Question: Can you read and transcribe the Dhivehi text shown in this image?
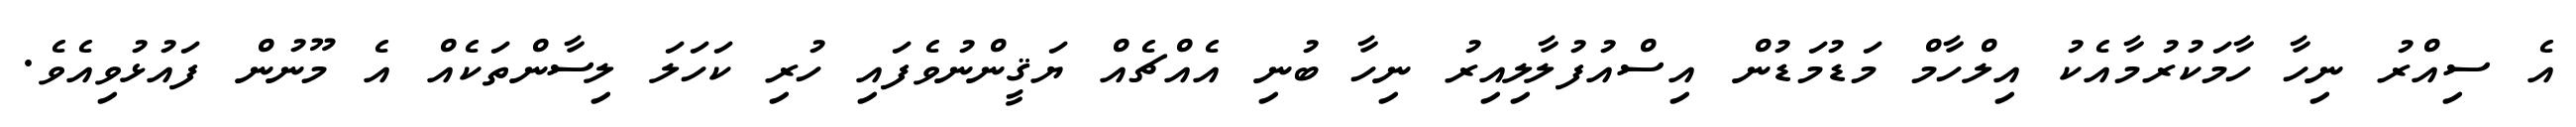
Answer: އެ ސިއްރު ނިހާ ހާމަކުރުމާއެކު އިލްހާމް މަޑުމަޑުން އިސްއުފުލާލިއިރު ނިހާ ބުނި އެއްޗެއް ޔަޤީންނުވެފައި ހުރި ކަހަލަ ލިސާންތަކެއް އެ މޫނުން ފައުޅުވިއެވެ.